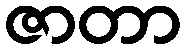
ဇာတာ